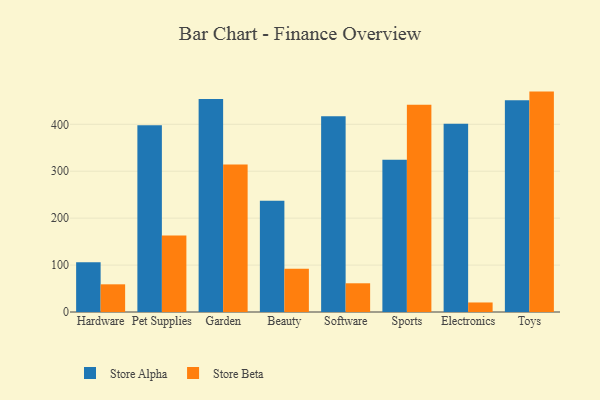
{"axis": {"x": "Category", "y": "Waste Production (Tons)"}, "legend": ["Store Alpha", "Store Beta"], "data": [{"x": "Hardware", "y": 106.0, "type": "Store Alpha"}, {"x": "Hardware", "y": 59.0, "type": "Store Beta"}, {"x": "Pet Supplies", "y": 397.8, "type": "Store Alpha"}, {"x": "Pet Supplies", "y": 163.2, "type": "Store Beta"}, {"x": "Garden", "y": 453.9, "type": "Store Alpha"}, {"x": "Garden", "y": 314.6, "type": "Store Beta"}, {"x": "Beauty", "y": 237.1, "type": "Store Alpha"}, {"x": "Beauty", "y": 92.3, "type": "Store Beta"}, {"x": "Software", "y": 417.3, "type": "Store Alpha"}, {"x": "Software", "y": 61.2, "type": "Store Beta"}, {"x": "Sports", "y": 324.2, "type": "Store Alpha"}, {"x": "Sports", "y": 441.5, "type": "Store Beta"}, {"x": "Electronics", "y": 401.0, "type": "Store Alpha"}, {"x": "Electronics", "y": 20.3, "type": "Store Beta"}, {"x": "Toys", "y": 451.2, "type": "Store Alpha"}, {"x": "Toys", "y": 469.7, "type": "Store Beta"}]}